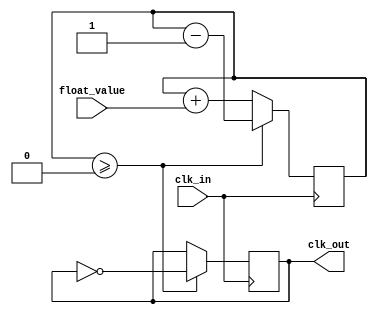
module floating_point_clock_divider (
    input wire clk_in,
    input wire [31:0] float_value,
    output reg clk_out
);

reg [31:0] count = 0;

always @(posedge clk_in) begin
    count <= count + float_value;
    if (count >= 0) begin
        clk_out <= ~clk_out;
        count <= count - 1;
    end
end

endmodule